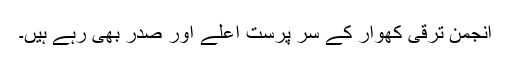
انجمن ترقی کھوار کے سر پرست اعلےٰ اور صدر بھی رہے ہیں۔